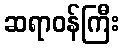
ဆရာဝန်ကြီး